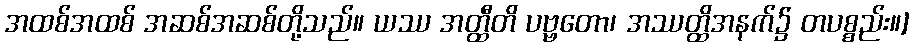
အထစ်အထစ် အဆစ်အဆစ်တို့သည်။ ယဿ အတ္ထီတိ ပဗ္ဗတော၊ အဿတ္ထိအနက်၌ တပစ္စည်း။]